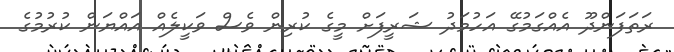
ރަތަފަންދޫ އެއްގަމުގޭ އަހުމަދު ޝަރީފަށް މީގެ ކުރިން ވެސް ވަކީލެއް އައްޔަން ކުރުމުގެ